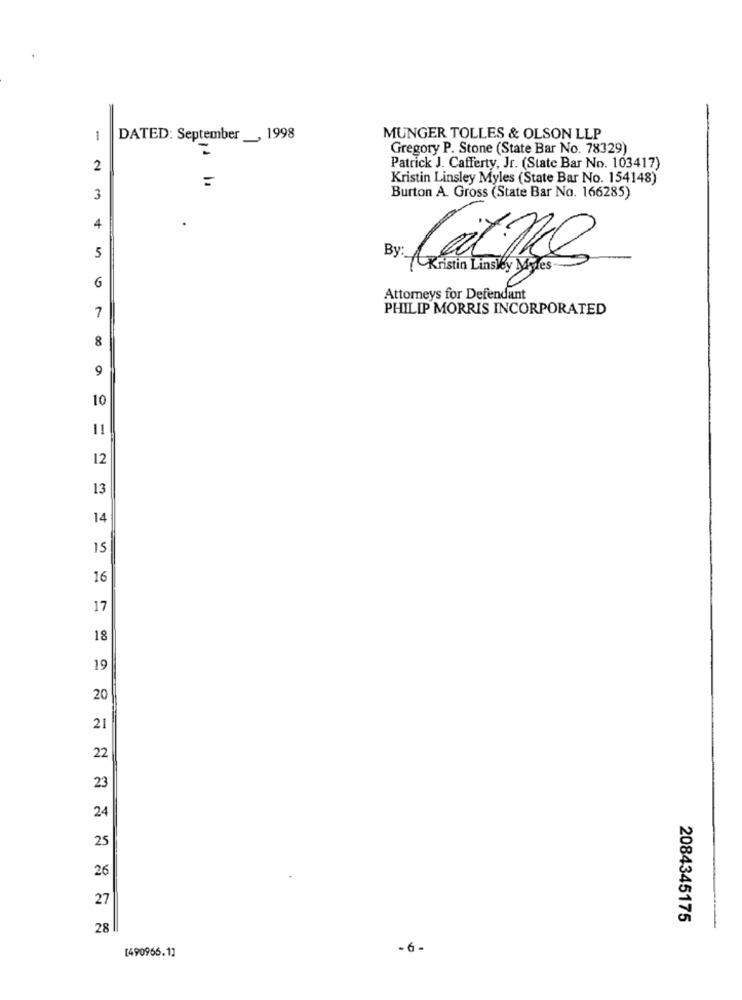
1
DATED: September __, 1998
MUNGER TOLLES & OLSON LLP
Gregory P. Stone (State Bar No. 78329)
2
Patrick J. Cafferty, Jr. (State Bar No. 103417)
Kristin Linsley Myles (State Bar No. 154148)
3
Burton A. Gross (State Bar No. 166285)
4
5
By:
Kristin Linsley Myles
6
Attorneys for Defendant
7
PHILIP MORRIS INCORPORATED
8
9
10
11
12
13
14
15
16
17
18
19
20
21
22
23
24
25
26
27
2084345175
28
[490966.1]
-6-